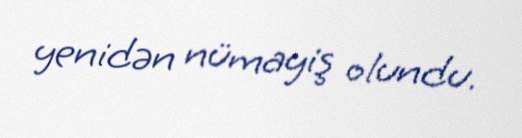
yenidən nümayiş olundu.